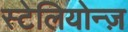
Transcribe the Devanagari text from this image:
स्टेलियोन्ज़